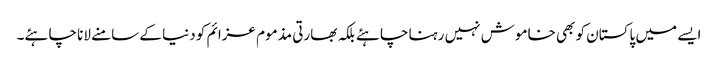
ایسے میں پاکستان کو بھی خاموش نہیں رہنا چاہئے بلکہ بھارتی مذموم عزائم کو دنیا کے سامنے لانا چاہئے۔